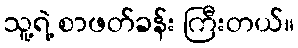
သူ့ရဲ့ စာဖတ်ခန်း ကြီးတယ်။